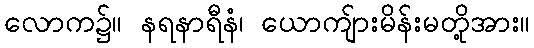
လောက၌။ နရနာရီနံ၊ ယောကျ်ားမိန်းမတို့အား။